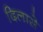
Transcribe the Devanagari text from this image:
दिलासे